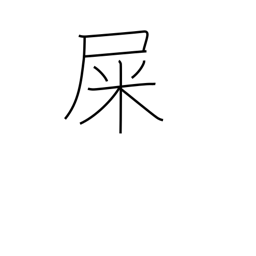
Meaning: excrement